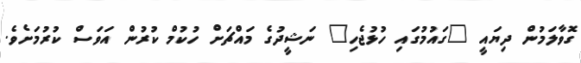
ގޮވާލަމުން ދިޔައީ "ގައުމުގައި ހުޅުޖެހި" ނަޝީދުގެ މައްޗަށް ހުކުމް ކުރުން އަވަސް ކުރުމަށެވެ.